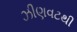
ઝીણવટથી